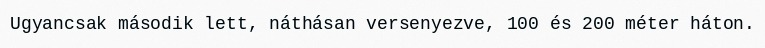
Ugyancsak második lett, náthásan versenyezve, 100 és 200 méter háton.